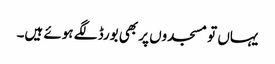
یہاں تو مسجدوں پر بھی بورڈ لگے ہوئے ہیں۔